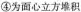
④为面心立方堆积